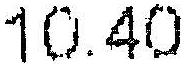
10.40